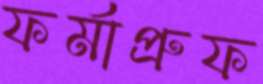
ফর্মাপ্রুফ